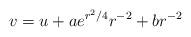
LaTeX: \begin{align*}v=u + a e^{r^2/4}r^{-2} + br^{-2}\end{align*}